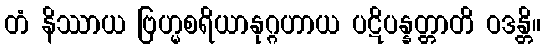
တံ နိဿာယ ဗြဟ္မစရိယာနုဂ္ဂဟာယ ပဋိပန္နတ္တာတိ ဝဒန္တိ။